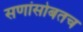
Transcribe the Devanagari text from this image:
सणांसोबतच